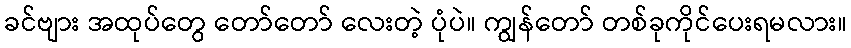
ခင်ဗျား အထုပ်တွေ တော်တော် လေးတဲ့ ပုံပဲ။ ကျွန်တော် တစ်ခုကိုင်ပေးရမလား။